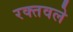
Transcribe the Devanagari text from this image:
रक्तवले